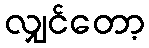
လျှင်တော့